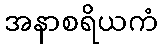
အနာစရိယကံ